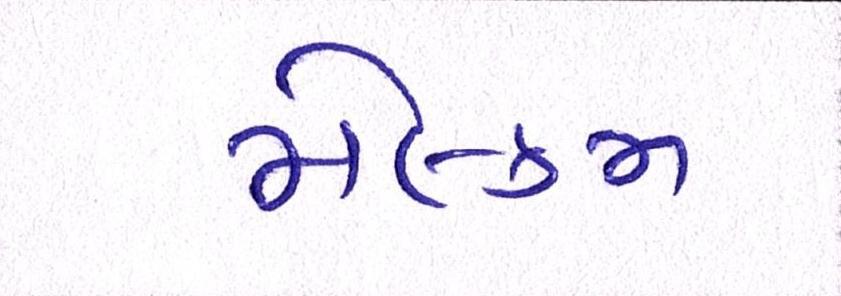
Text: મેલ્કમ